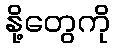
နို့တွေကို